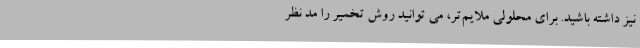
نیز داشته باشید. برای محلولی ملایم‌تر، می توانید روش تخمیر را مد نظر